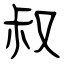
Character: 叔